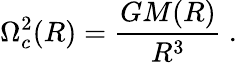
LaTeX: \Omega_{c}^{2}(R)=\frac{GM(R)}{R^{3}}\ .